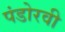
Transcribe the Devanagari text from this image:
पंडोरवी